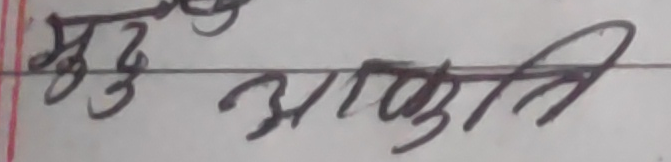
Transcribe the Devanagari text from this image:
मुख आकृति